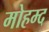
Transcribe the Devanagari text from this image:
मोहम्द